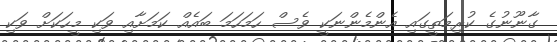
ގާނޫނުގެ ކުރިމަތީގައި އެންމެންނަކީ ވެސް ހަމަހަމަ ބައެއް ކަމަށާއި ވަކި މީހަކަށް ވަކި